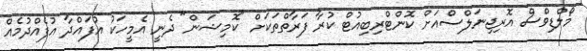
މޯލްޑިވްސް އޮރިޖިނަލްސްއަށް ކޮންޓްރިބިއުޓް ކުރާ ފަރާތްތަކަށް "ކޮމިޝަން" ދެނީ އެމީހަކު އުފައްދާ އުފެއްދުމެއް